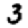
Digit: 3